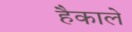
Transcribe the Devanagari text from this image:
हैकाले